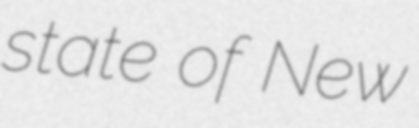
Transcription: state of New